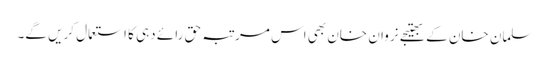
سلمان خان کے بھتیجے نروان خان بھی اس مرتبہ حق رائے دہی کا استعمال کریں گے۔